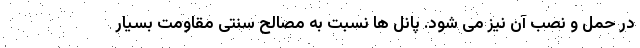
در حمل و نصب آن نیز می شود. پانل ها نسبت به مصالح سنتی مقاومت بسیار